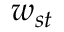
w _ { s t }